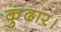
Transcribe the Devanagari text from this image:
कुंढार।